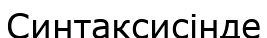
Синтаксисінде